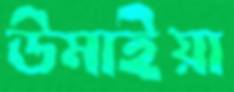
উমাইয়া